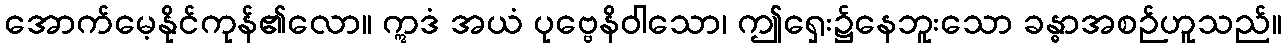
အောက်မေ့နိုင်ကုန်၏လော။ ဣဒံ အယံ ပုဗ္ဗေနိဝါသော၊ ဤရှေး၌နေဘူးသော ခန္ဓာအစဉ်ဟူသည်။